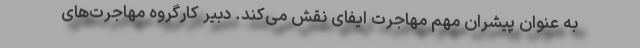
به عنوان پیشران مهم مهاجرت ایفای نقش می‌کند. دبیر کارگروه مهاجرت‌های